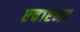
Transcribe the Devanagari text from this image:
एच१एन१